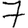
Digit: 7